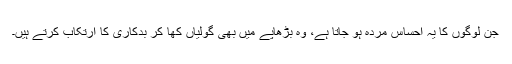
جن لوگوں کا یہ احساس مردہ ہو جاتا ہے، وہ بڑھاپے میں بھی گولیاں کھا کر بدکاری کا ارتکاب کرتے ہیں۔